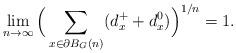
LaTeX: \begin{align*} \lim_{n\to\infty} \Big( \sum_{x\in\partial B_G(n)} (d_x^{+}+d_x^0)\Big)^{1/n} =1.\end{align*}